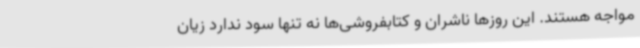
مواجه هستند. این روزها ناشران و کتابفروشی‌ها نه تنها سود ندارد زیان